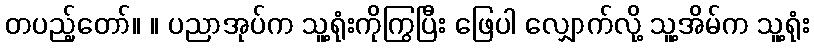
တပည့်တော်။ ။ ပညာအုပ်က သူ့ရုံးကိုကြွပြီး ဖြေပါ လျှောက်လို့ သူ့အိမ်က သူ့ရုံး